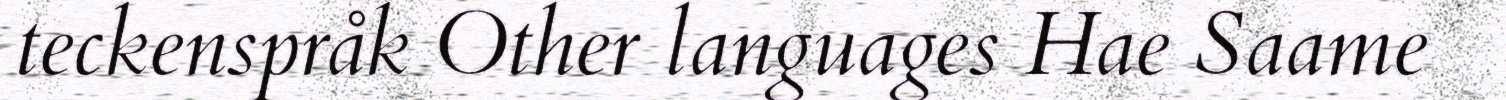
teckenspråk Other languages Hae Saame